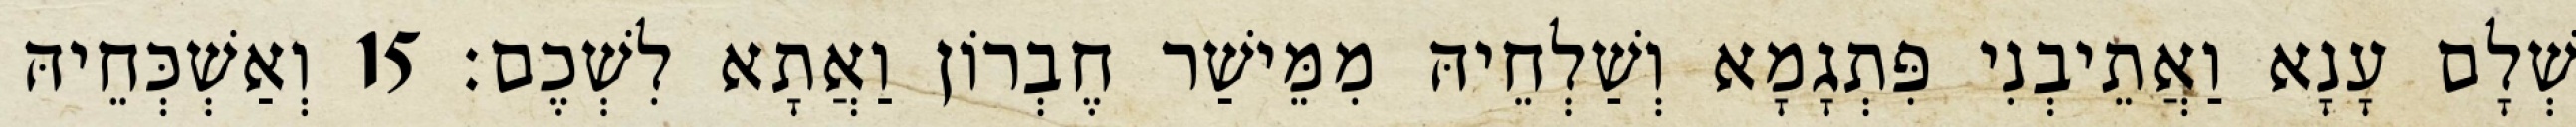
שְׁלָם עָנָא וַאֲתֵיבְנִי פִּתְגָמָא וְשַׁלְחֵיהּ מִמֵּישַׁר חֶבְרוֹן וַאֲתָא לִשְׁכֶם׃ 15 וְאַשְׁכְּחֵיהּ